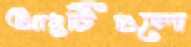
আংটিগুলো